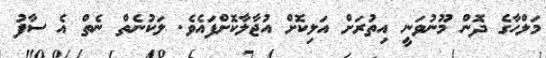
މަލްހާގެ ދޮން މޫނުވަނީ އިތުރަށް އަލިކޮށް އުޖާލާކޮށްފައެވެ. ލަކުނެތް ނެތް އެ ސާފު